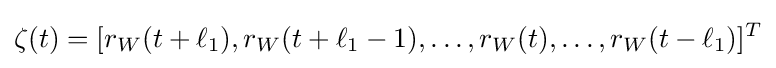
\zeta (t)=[r_{W}(t+\ell _{1}),r_{W}(t+\ell _{1}-1),\ldots ,r_{W}(t),\ldots ,r_{W}(t-\ell _{1})]^{T}